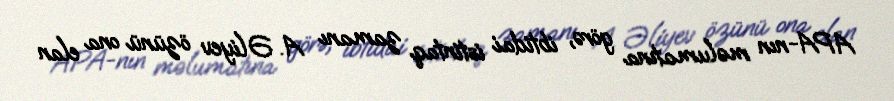
APA-nın məlumatına görə, ibtidai istintaq zamanı A. Əliyev özünü ona elan